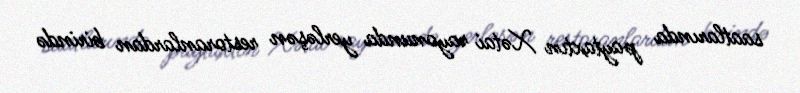
saatlarında paytaxtın Xətai rayonunda yerləşən restoranlardan birində